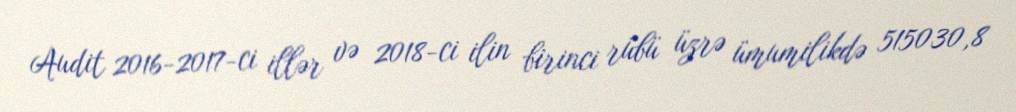
Audit 2016-2017-ci illər və 2018-ci ilin birinci rübü üzrə ümumilikdə 515030,8